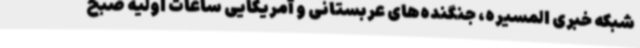
شبکه خبری المسیره، جنگنده‌های عربستانی و آمریکایی ساعات اولیه صبح